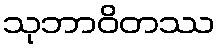
သုဘာဝိတဿ